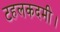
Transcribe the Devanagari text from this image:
टहलकदमी।